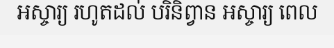
អស្ចារ្យ រហូតដល់ បរិនិព្វាន អស្ចារ្យ ពេល